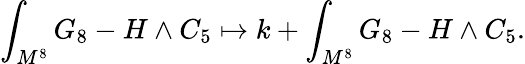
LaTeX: \int_{M^{8}}G_{8}-H\wedge C_{5}\mapsto k+\int_{M^{8}}G_{8}-H\wedge C_{5}.